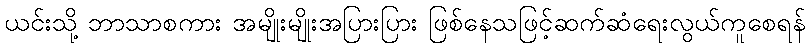
ယင်းသို့ ဘာသာစကား အမျိုးမျိုးအပြားပြား ဖြစ်နေသဖြင့်ဆက်ဆံရေးလွယ်ကူစေရန်